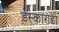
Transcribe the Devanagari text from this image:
डेस्काराडो